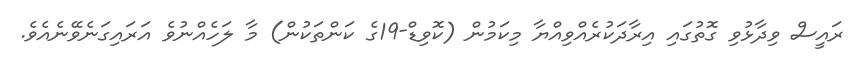
ރައީސް ވިދާޅުވި ގޮތުގައި އިރާދަކުރެއްވިއްޔާ މިކަމުން (ކޮވިޑް-19ގެ ކަންތަކުން) މާ ލަހެއްނުވެ އަރައިގަނެވޭނެއެވެ.